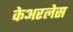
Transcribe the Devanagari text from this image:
केअरलेस